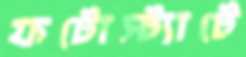
ফটোস্ট্যাটে